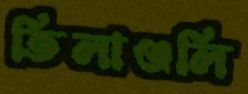
তিলাঞ্জলি